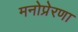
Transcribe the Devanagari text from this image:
मनोप्रेरणा